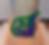
মে